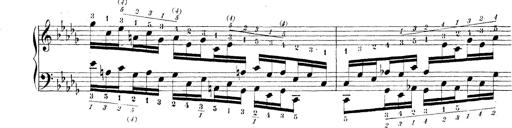
Title: Technische Studien
Composer: Franz Liszt